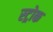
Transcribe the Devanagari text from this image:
स्‍ट्रोक